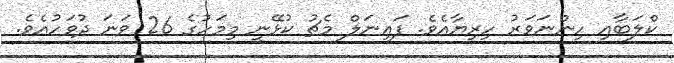
ކްލަބާއި ހިންނަވަރު ހިރިޔާއެވެ. ފައިނަލް މެޗު ކުޅޭނީ މިމަހުގެ 26 ވަނަ ދުވަހުއެވެ.